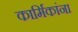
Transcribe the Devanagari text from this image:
कार्मिकांना